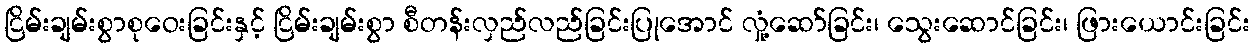
ငြိမ်းချမ်းစွာစုဝေးခြင်းနှင့် ငြိမ်းချမ်းစွာ စီတန်းလှည်လည်ခြင်းပြုအောင် လှုံ့ဆော်ခြင်း၊ သွေးဆောင်ခြင်း၊ ဖြားယောင်းခြင်း